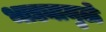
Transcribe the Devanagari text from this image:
भाड्यामुळे